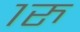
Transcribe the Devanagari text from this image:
१रु